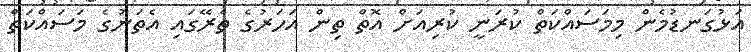
އަޅުގަނޑުމެން މިމަސައްކަތް ކުރަނީ ކުރިއަށް އޮތް ތިން އަހަރުގެ ތެރޭގައި އެތަނުގެ މަސައްކަތް